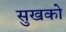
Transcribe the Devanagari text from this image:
सुखको